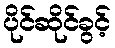
ပိုင်ဆိုင်ခွင့်